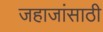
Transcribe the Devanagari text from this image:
जहाजांसाठी